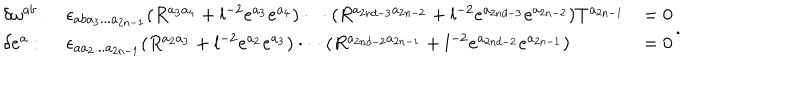
\begin{array} { l l l } { { \delta \omega ^ { a b } : } } & { { \epsilon _ { a b a _ { 3 } . . . a _ { 2 n - 1 } } ( R ^ { a _ { 3 } a _ { 4 } } + l ^ { - 2 } e ^ { a _ { 3 } } e ^ { a _ { 4 } } ) \cdot \cdot \cdot ( R ^ { a _ { 2 n d - 3 } a _ { 2 n - 2 } } + l ^ { - 2 } e ^ { a _ { 2 n d - 3 } } e ^ { a _ { 2 n - 2 } } ) T ^ { a _ { 2 n - 1 } } } } & { { = 0 } } \\ { { \delta e ^ { a } : } } & { { \epsilon _ { a a _ { 2 } . . . a _ { 2 n - 1 } } ( R ^ { a _ { 2 } a _ { 3 } } + l ^ { - 2 } e ^ { a _ { 2 } } e ^ { a _ { 3 } } ) \cdot \cdot \cdot ( R ^ { a _ { 2 n d - 2 } a _ { 2 n - 1 } } + l ^ { - 2 } e ^ { a _ { 2 n d - 2 } } e ^ { a _ { 2 n - 1 } } ) } } & { { = 0 } } \\ \end{array} .